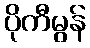
ပိုကီမွန်